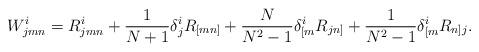
LaTeX: \begin{align*} W^i_{jmn}=R^i_{jmn}+\frac1{N+1}\delta^i_jR_{[mn]}+ \frac N{N^2-1}\delta^i_{[m}R_{jn]}+ \frac1{N^2-1}\delta^i_{[m}R_{n]j}. \end{align*}